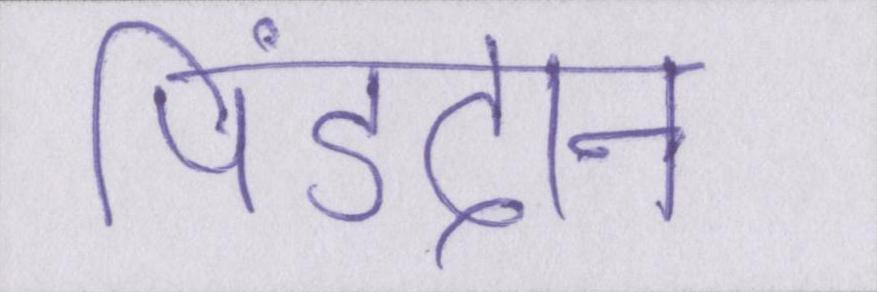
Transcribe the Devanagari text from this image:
पिंडदान